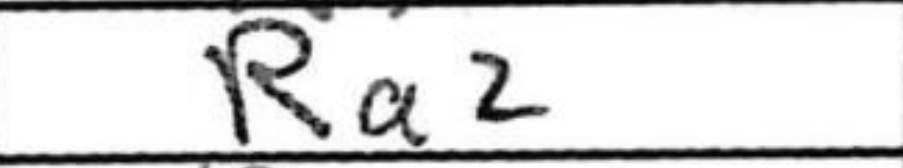
Transcription: Ra2